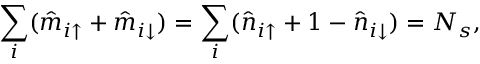
\sum _ { i } ( \hat { m } _ { i \uparrow } + \hat { m } _ { i \downarrow } ) = \sum _ { i } ( \hat { n } _ { i \uparrow } + 1 - \hat { n } _ { i \downarrow } ) = N _ { s } ,